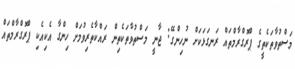
މަސްތުވާތަކެތީގެ ޕްރޮގްރާމްތައް ރަނގަޅަކަށް ނުހިންގޭ: ޖާނީ މަސްތުވާތަކެތިން ރައްކާތެރިވުމަށް ހިންގާ އެކިއެކި ޕްރޮގްރާމްތައް